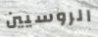
الروسيين